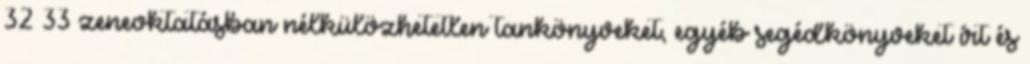
32 33 zeneoktatásban nélkülözhetetlen tankönyveket, egyéb segédkönyveket írt és